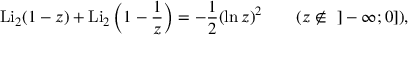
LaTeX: \operatorname { L i } _ { 2 } ( 1 - z ) + \operatorname { L i } _ { 2 } \left( 1 - { \frac { 1 } { z } } \right) = - { \frac { 1 } { 2 } } ( \ln z ) ^ { 2 } \qquad ( z \not \in ~ ] - \infty ; 0 ] ) ,